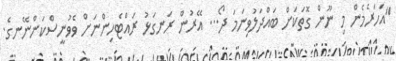
"އަހަރެމެން މި ނޫން ގޮތަކަށް ބައްދަލުވިނަމަ ދޯ... އޭރުން ރަނގަޅު ރައްޓެހިންނަށް ވެވުނީސްކަންނޭނގެ.